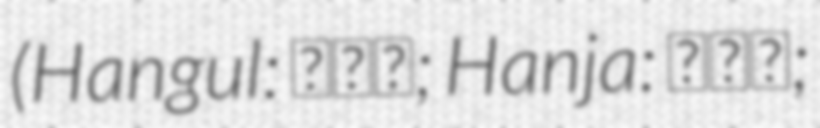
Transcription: (Hangul: 황광희; Hanja: 黃光熙;